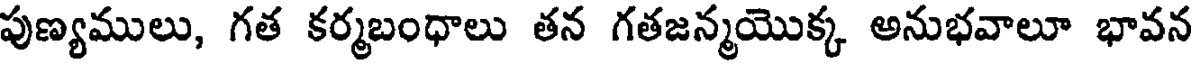
పుణ్యములు, గత కర్మబంధాలు తన గతజన్మయొక్క అనుభవాలూ భావన